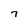
Character: 7